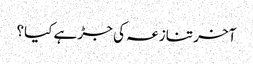
آخر تنازعہ کی جڑ ہے کیا؟